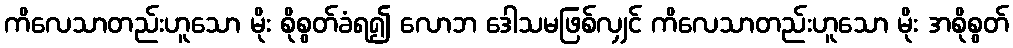
ကိလေသာတည်းဟူသော မိုး စိုစွတ်ခံရ၍ လောဘ ဒေါသမဖြစ်လျှင် ကိလေသာတည်းဟူသော မိုး အစိုစွတ်